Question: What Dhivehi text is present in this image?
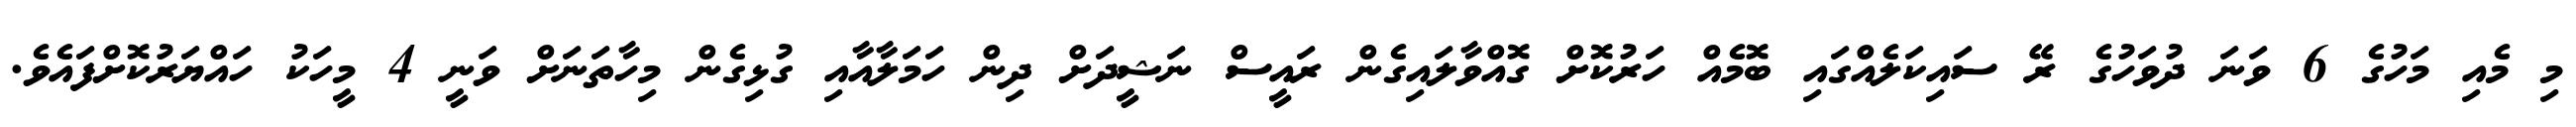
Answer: މި މެއި މަހުގެ 6 ވަނަ ދުވަހުގެ ރޭ ސައިކަލެއްގައި ބޮމެއް ހަރުކޮށް ގޮއްވާލައިގެން ރައީސް ނަޝީދަށް ދިން ހަމަލާއާއި ގުޅިގެން މިހާތަނަށް ވަނީ 4 މީހަކު ހައްޔަރުކޮށްފައެވެ.